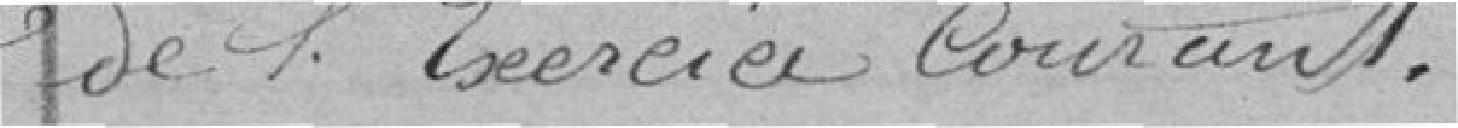
de l'exercice courant.